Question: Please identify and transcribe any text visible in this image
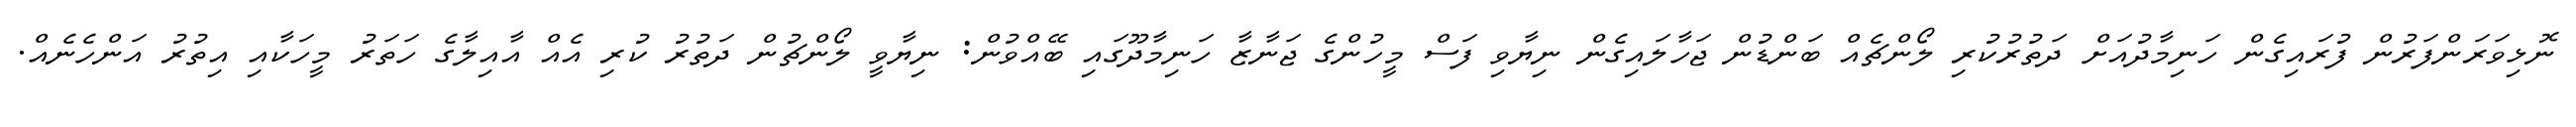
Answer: ނޮޅިވަރަންފަރުން ފުރައިގެން ހަނިމާދުއަށް ދަތުރުކުރި ލޯންޗެއް ބަންޑުން ޖަހާލައިގެން ނިޔާވި ފަސް މީހުންގެ ޖަނާޒާ ހަނިމާދޫގައި ބޭއްވުން: ނިޔާވީ ލޯންޗުން ދަތުރު ކުރި އެއް އާއިލާގެ ހަތަރު މީހަކާއި އިތުރު އަންހެނެއް.